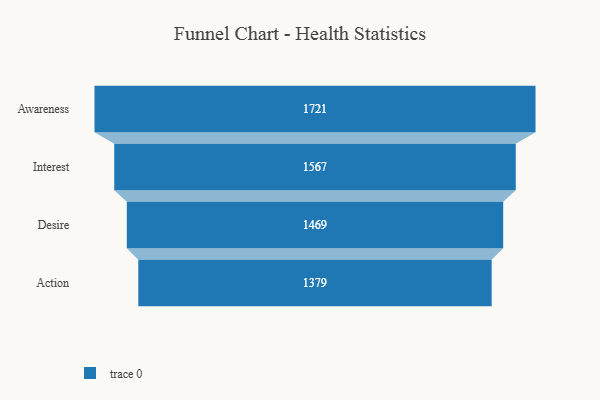
{"axis": {"x": "Stage", "y": "Value"}, "legend": [""], "data": [{"x": "Awareness", "y": 1721.0, "type": ""}, {"x": "Interest", "y": 1567.0, "type": ""}, {"x": "Desire", "y": 1469.0, "type": ""}, {"x": "Action", "y": 1379.0, "type": ""}]}